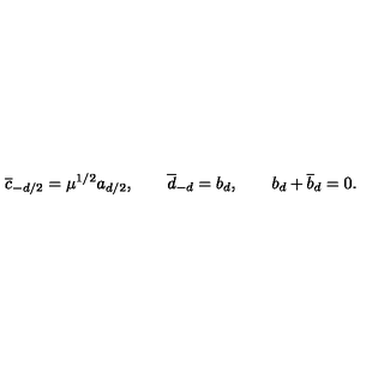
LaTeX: { \overline { c } } _ { - d / 2 } = \mu ^ { 1 / 2 } a _ { d / 2 } , \qquad { \overline { d } } _ { - d } = b _ { d } , \qquad b _ { d } + { \overline { b } _ { d } } = 0 .